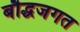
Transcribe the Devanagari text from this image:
बौद्धजगत